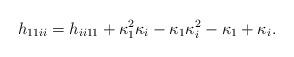
LaTeX: \begin{align*}h_{11ii}=h_{ii11}+\kappa_1 ^2\kappa_i -\kappa_1\kappa_i ^2-\kappa_1+\kappa_i.\end{align*}